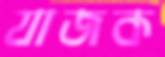
যাজক